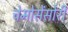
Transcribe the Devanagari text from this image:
चेमोसेंसोरी